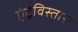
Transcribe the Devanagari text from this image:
एंट्रेविस्तास